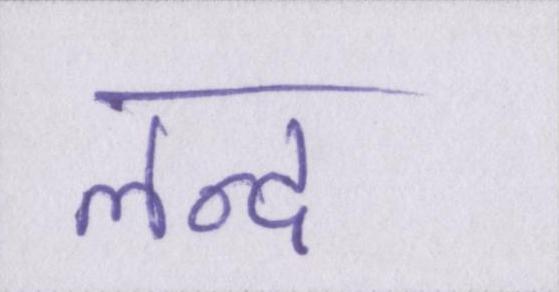
लन्द